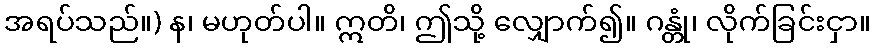
အရပ်သည်။) န၊ မဟုတ်ပါ။ ဣတိ၊ ဤသို့ လျှောက်၍။ ဂန္တုံ၊ လိုက်ခြင်းငှာ။